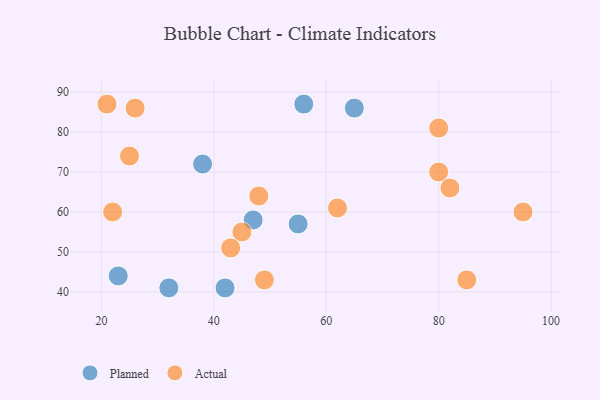
{"axis": {"x": "GDP", "y": "Life Expectancy"}, "legend": ["Actual", "Planned"], "data": [{"x": "23", "y": 44, "type": "Planned"}, {"x": "55", "y": 57, "type": "Planned"}, {"x": "38", "y": 72, "type": "Planned"}, {"x": "47", "y": 58, "type": "Planned"}, {"x": "32", "y": 41, "type": "Planned"}, {"x": "42", "y": 41, "type": "Planned"}, {"x": "65", "y": 86, "type": "Planned"}, {"x": "56", "y": 87, "type": "Planned"}, {"x": "45", "y": 55, "type": "Actual"}, {"x": "80", "y": 70, "type": "Actual"}, {"x": "21", "y": 87, "type": "Actual"}, {"x": "85", "y": 43, "type": "Actual"}, {"x": "62", "y": 61, "type": "Actual"}, {"x": "95", "y": 60, "type": "Actual"}, {"x": "26", "y": 86, "type": "Actual"}, {"x": "43", "y": 51, "type": "Actual"}, {"x": "49", "y": 43, "type": "Actual"}, {"x": "48", "y": 64, "type": "Actual"}, {"x": "80", "y": 81, "type": "Actual"}, {"x": "22", "y": 60, "type": "Actual"}, {"x": "25", "y": 74, "type": "Actual"}, {"x": "82", "y": 66, "type": "Actual"}]}